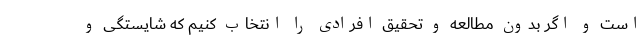
است و اگر بدون مطالعه و تحقیق افرادی را انتخاب کنیم که شایستگی و